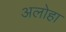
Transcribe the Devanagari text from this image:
अलोहा